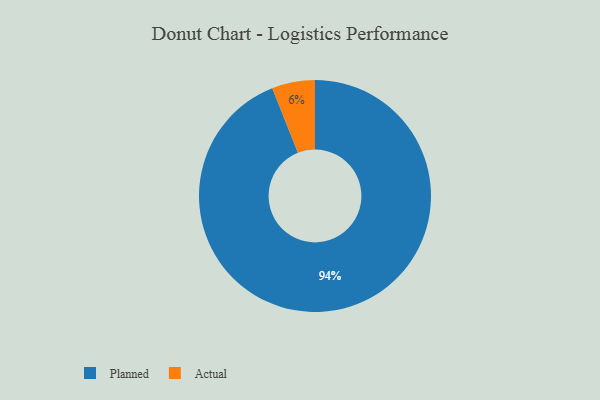
{"axis": {"x": "Category", "y": "Percentage"}, "legend": ["Actual", "Planned"], "data": [{"x": "Actual", "y": 6, "type": "Actual"}, {"x": "Planned", "y": 94, "type": "Planned"}]}